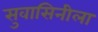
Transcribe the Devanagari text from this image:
सुवासिनीला